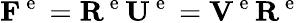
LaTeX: {\mathbf F}^{\mathrm{~e~}}={\mathbf R}^{\mathrm{~e~}}{\mathbf U}^{\mathrm{~e~}}={\mathbf V}^{\mathrm{~e~}}{\mathbf R}^{\mathrm{~e~}}